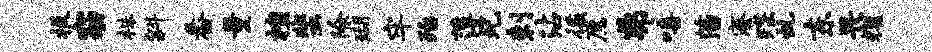
扳窈株斜番量檀蜚除瑚牢殆薄兄剌沾徭愿弗嘻藩寮蹀虬东畏耀